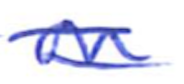
Text: on
Cross-out: double-line
Writing tool: ballpoint